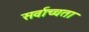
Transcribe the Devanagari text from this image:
सर्वाच्चता